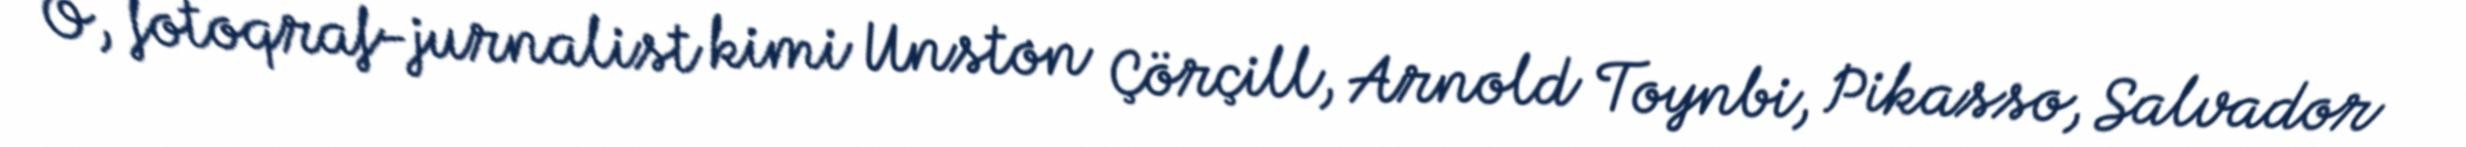
O, fotoqraf-jurnalist kimi Unston Çörçill, Arnold Toynbi, Pikasso, Salvador